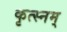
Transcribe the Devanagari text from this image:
कृत्स्नम्‌